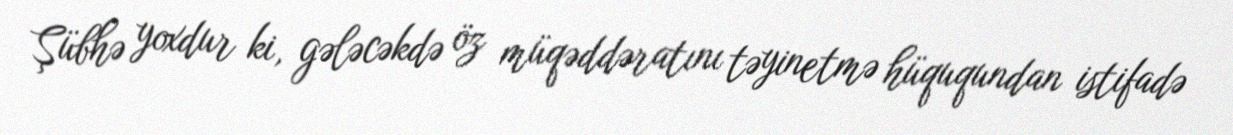
Şübhə yoxdur ki, gələcəkdə öz müqəddəratını təyinetmə hüququndan istifadə